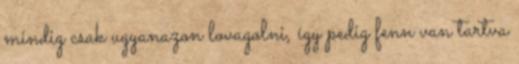
mindig csak ugyanazon lovagolni, így pedig fenn van tartva